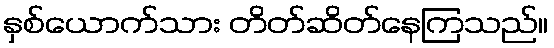
နှစ်ယောက်သား တိတ်ဆိတ်နေကြသည်။